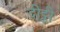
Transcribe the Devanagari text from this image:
दीट्ठी